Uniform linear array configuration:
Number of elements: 16
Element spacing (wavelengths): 1
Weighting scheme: kaiser
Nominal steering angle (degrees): -45
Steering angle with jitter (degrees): -44.782
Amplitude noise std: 0.05
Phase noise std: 0.05

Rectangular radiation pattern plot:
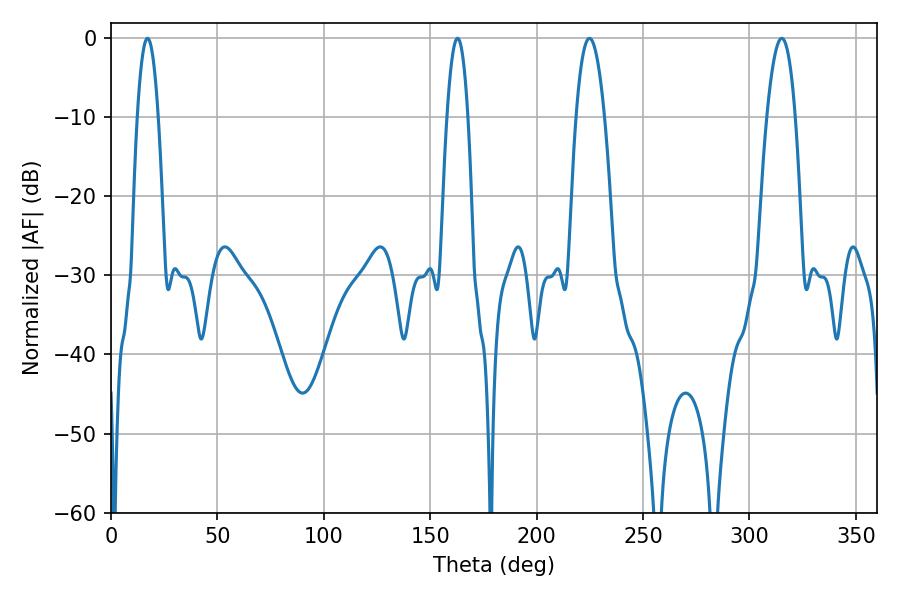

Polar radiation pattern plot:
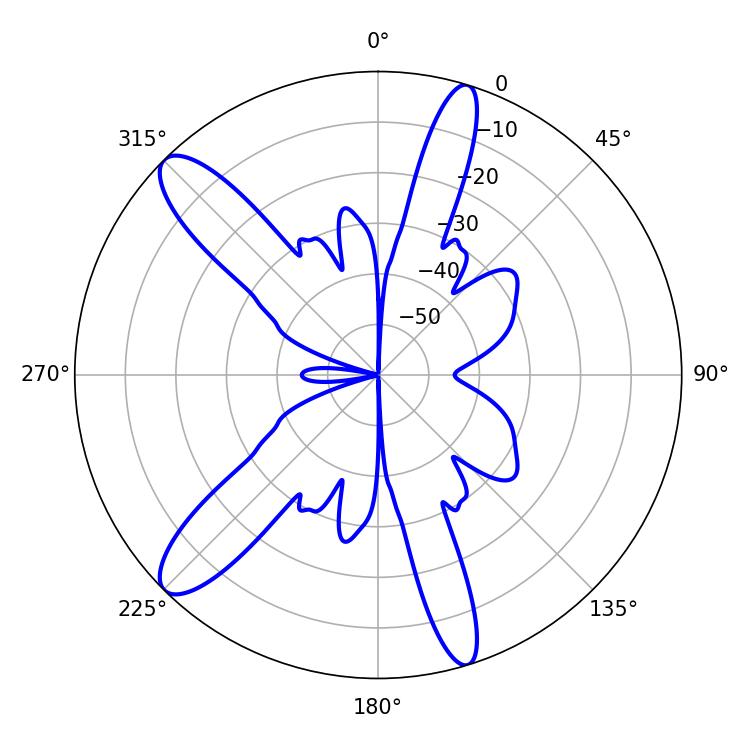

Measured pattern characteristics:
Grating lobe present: TRUE
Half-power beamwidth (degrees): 7.38
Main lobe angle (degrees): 224.82